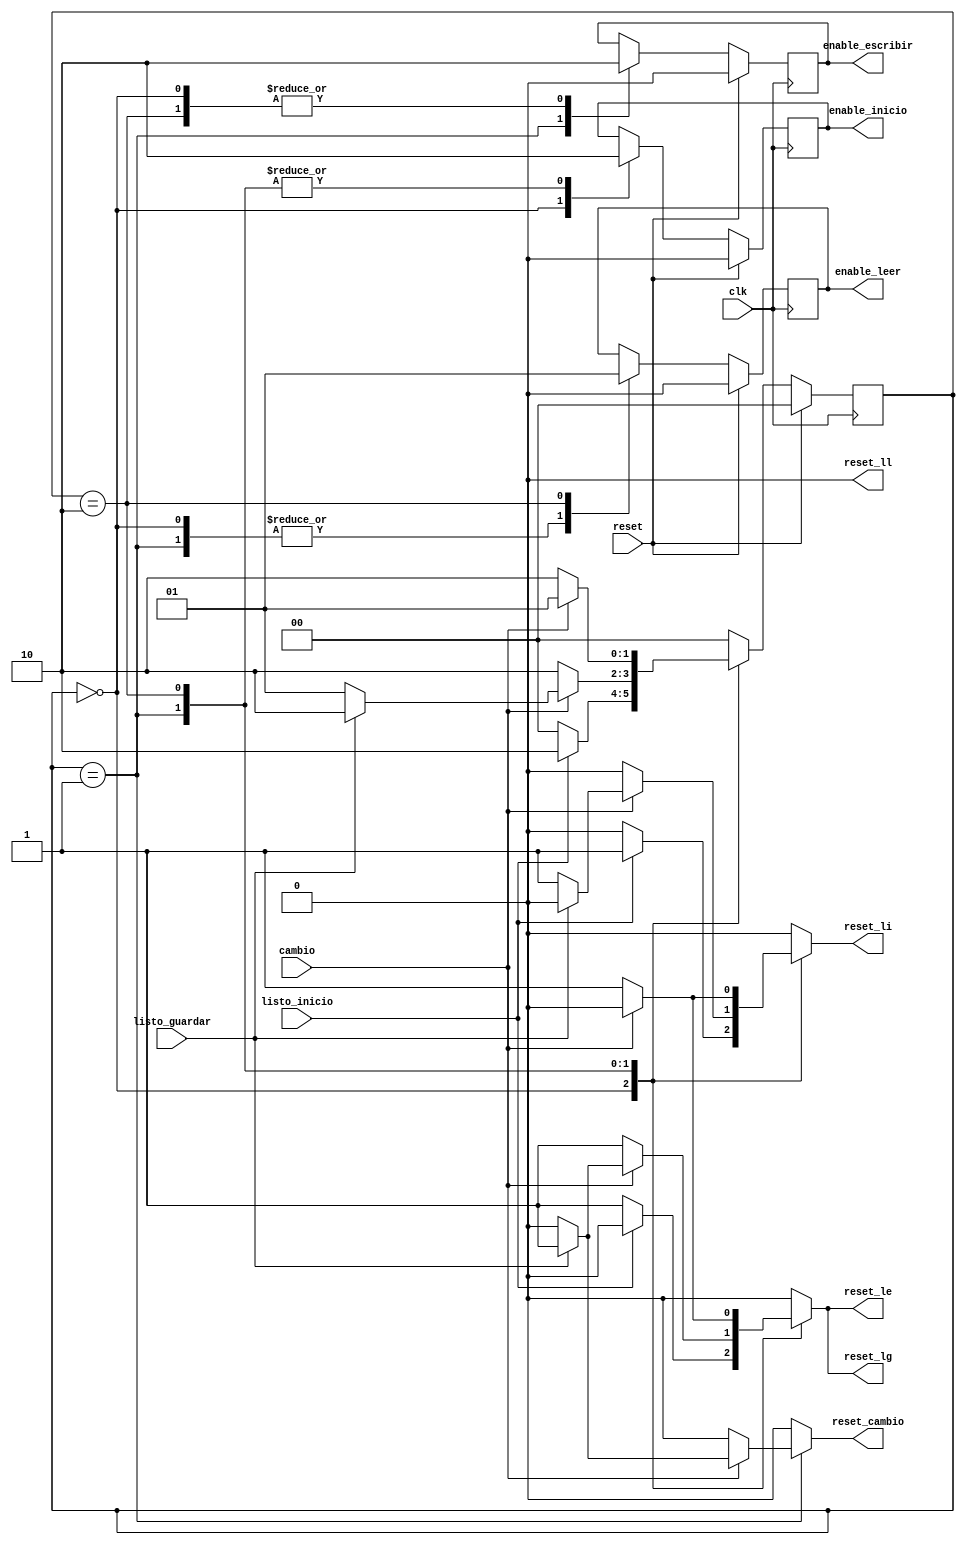
`timescale 1ns / 1ps

module FSM(

/* 

En este mdulo se encuentra la mquina de estados del control de rtc


*/

input wire listo_inicio,listo_guardar, //declaracin de seales de entrada que dicen que intervienen en el estadop presente
input wire clk,
input wire reset,cambio, //declaracin de la variable cambio que determina cuando el usuario realiza un cambio en el rtc
output reg enable_inicio,enable_escribir,enable_leer,reset_cambio,reset_li,reset_le,reset_ll,reset_lg //salidas de la FSM para activar cada uno de los procesos y para resetear las seales de bandera de procesos terminados como los reset
 
    );


localparam[1:0]  // declaracin de los sstados
					 inicio = 2'b00,
				    escribir = 2'b01,
					 leer = 2'b10;
					 
					 
reg [1:0] estado_actual,estado_sig; //lgica estado siguiente y estado actual


initial begin 
	enable_inicio<=0;
	enable_escribir<=0;    //declaracin de salidas en cero para TB
	enable_leer<=0;
	reset_cambio<=0;
	reset_li<=0;
	reset_le<=0;
	reset_lg<=0;
   reset_ll<=0;
	estado_actual<=0;
	end


always @(posedge clk) //lista sensitiva con clk

begin

if(reset) begin
estado_actual <= inicio; //reinicio de mquina



end else begin
estado_actual <= estado_sig; //lgica estado siguiente
end


end

always @ (estado_actual or listo_inicio or listo_guardar or cambio  ) begin 

estado_sig = 0;

	case(estado_actual)							// Lgica para pasar de estados mediante el cambio de una entrada de la FSM
	
		inicio: if(listo_inicio ) begin
			estado_sig = leer;
			reset_li<=1;						//si se termina la inicializacion del rtc cambie al estado de lectura
			reset_le<=0;
			reset_lg<=0;						
			//reset_ll<=0;
			reset_cambio <=0;
			
			end else  begin
			estado_sig = inicio;
			reset_li<=0;					//si an no termina quedese inicializando
			reset_le<=1;
			reset_lg<=1;
			//reset_ll<=1;
			reset_cambio <=0;
				end
			
		escribir: if(cambio) begin
		if(listo_guardar) begin
			estado_sig = leer;			//si se realiza un cambio y se termin de guardar, pasar al estado de lectura
			
			reset_li<=0;
			reset_le<=1;
			reset_lg<=1;
			//reset_ll<=1;
			reset_cambio <=1;
			end else begin          // si ha terminado permanece en estado
			estado_sig = escribir;
			reset_li<=1;
			reset_le<=0;
			reset_lg<=0;
			//reset_ll<=1;
			reset_cambio <=0;
			end
				
		end else begin
			estado_sig = leer; 
			reset_li<=0;        				//si NO se realiza un cambio en algun numero permanecer en el estado
			reset_le<=1;
			reset_lg<=1;
			//reset_ll<=1;
			reset_cambio <=0;
			end
			
		leer: 
			if(cambio==1)begin
			estado_sig =escribir;				//si hay un cambio pasar al estado de escritura
			reset_li<=0;
			reset_le<=0;
			reset_lg<=0;
			//reset_ll<=1;
			reset_cambio <=0;
			end 
			else begin estado_sig =leer;
			reset_li<=1;							//si no hay cambio permanece leyendo
			reset_le<=1;
			reset_lg<=1;
			//reset_ll<=1;
			reset_cambio <=0;end
	
	
		default: begin estado_sig= inicio;			
		   reset_li<=0;
			reset_le<=0;							//caso por defecto en otro estado
			reset_lg<=0;
			reset_cambio <=0;
			//reset_ll<=0;
		end
endcase		
end

always @ (posedge clk)   			//Lgica para funciones de enable de salida segn el estado actual
	begin
	if(reset == 1)begin

	enable_inicio<=0;
	enable_escribir<=0;
	enable_leer<=0;

	

	end else

	begin
	case(estado_actual)

				inicio: begin
				enable_inicio<=1;
				enable_escribir<=0;
				enable_leer<=0;					//si se encuentra en estado inicio habilita el proceso de inicializar
				 
				end
				
				escribir:begin
				enable_inicio<=0;
				enable_escribir<=1;  //si se encuentra en estado escribir habilita la escritura
				enable_leer<=0;
				
				end
				leer:begin
				enable_inicio<=0;
				enable_escribir<=0;   //si se encuentra en estado leer habilita la lectura
				enable_leer<=1;
				
				end
				
			endcase


end


	end
	

	
			 

endmodule